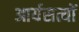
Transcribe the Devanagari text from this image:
आर्यसत्यों